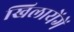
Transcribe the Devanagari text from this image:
खिलायेंगें